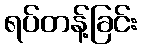
ရပ်တန့်ခြင်း